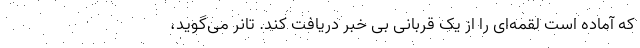
که آماده است لقمه‌ای را از یک قربانی بی خبر دریافت کند. تانر می‌گوید،